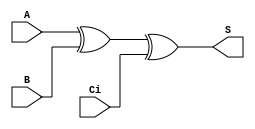
/*
 * Generated by Digital. Don't modify this file!
 * Any changes will be lost if this file is regenerated.
 */

module sum (
  input A,
  input B,
  input Ci,
  output S
);
  assign S = ((A ^ B) ^ Ci);
endmodule

module carryout (
  input A,
  input B,
  input Ci,
  output Co
);
  assign Co = ((A & B) | (B & Ci) | (A & Ci));
endmodule

module fulladder (
  input A,
  input Ci,
  input B,
  output S,
  output Co
);
  sum sum_i0 (
    .A( A ),
    .B( B ),
    .Ci( Ci ),
    .S( S )
  );
  carryout carryout_i1 (
    .A( A ),
    .B( B ),
    .Ci( Ci ),
    .Co( Co )
  );
endmodule

module adder4b (
  input A0,
  input A1,
  input A2,
  input A3,
  input B0,
  input B1,
  input B2,
  input B3,
  input Ci,
  output S0,
  output S1,
  output S2,
  output S3,
  output Co
);
  wire s4;
  wire s5;
  wire s6;
  fulladder fulladder_i0 (
    .A( A0 ),
    .Ci( Ci ),
    .B( B0 ),
    .S( S0 ),
    .Co( s4 )
  );
  fulladder fulladder_i1 (
    .A( A1 ),
    .Ci( s4 ),
    .B( B1 ),
    .S( S1 ),
    .Co( s5 )
  );
  fulladder fulladder_i2 (
    .A( A2 ),
    .Ci( s5 ),
    .B( B2 ),
    .S( S2 ),
    .Co( s6 )
  );
  fulladder fulladder_i3 (
    .A( A3 ),
    .Ci( s6 ),
    .B( B3 ),
    .S( S3 ),
    .Co( Co )
  );
endmodule

module addsub4b (
  input \add\_sub ,
  input A3,
  input A2,
  input A1,
  input A0,
  input B3,
  input B2,
  input B1,
  input B0,
  output Co,
  output R3,
  output R2,
  output R1,
  output R0
);
  wire s0;
  wire s1;
  wire s2;
  wire s3;
  assign s0 = (B0 ^ \add\_sub );
  assign s1 = (B1 ^ \add\_sub );
  assign s2 = (B2 ^ \add\_sub );
  assign s3 = (B3 ^ \add\_sub );
  adder4b adder4b_i0 (
    .A0( A0 ),
    .A1( A1 ),
    .A2( A2 ),
    .A3( A3 ),
    .B0( s0 ),
    .B1( s1 ),
    .B2( s2 ),
    .B3( s3 ),
    .Ci( \add\_sub  ),
    .S0( R0 ),
    .S1( R1 ),
    .S2( R2 ),
    .S3( R3 ),
    .Co( Co )
  );
endmodule